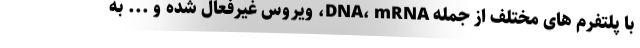
با پلتفرم های مختلف از جمله DNA، mRNA، ویروس غیرفعال شده و ... به